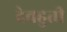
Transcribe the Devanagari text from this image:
देवहुती